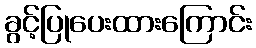
ခွင့်ပြုပေးထားကြောင်း